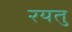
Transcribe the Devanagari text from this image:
रयतु